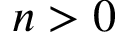
n > 0